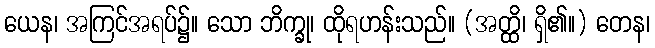
ယေန၊ အကြင်အရပ်၌။ သော ဘိက္ခု၊ ထိုရဟန်းသည်။ (အတ္ထိ၊ ရှိ၏။) တေန၊